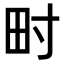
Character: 𤰥